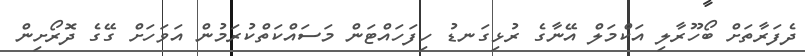
ދެފަރާތަށް ބޯހޫރާލި އަކްމަލް އޭނާގެ ރުޅިގަނޑު ހިފަހައްޓަން މަސައްކަތްކުރަމުން އަވަހަށް ގޭގެ ދޮރޯށިން